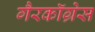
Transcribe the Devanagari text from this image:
गैरकॉग्रेस